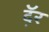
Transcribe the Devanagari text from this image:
दॅ़र